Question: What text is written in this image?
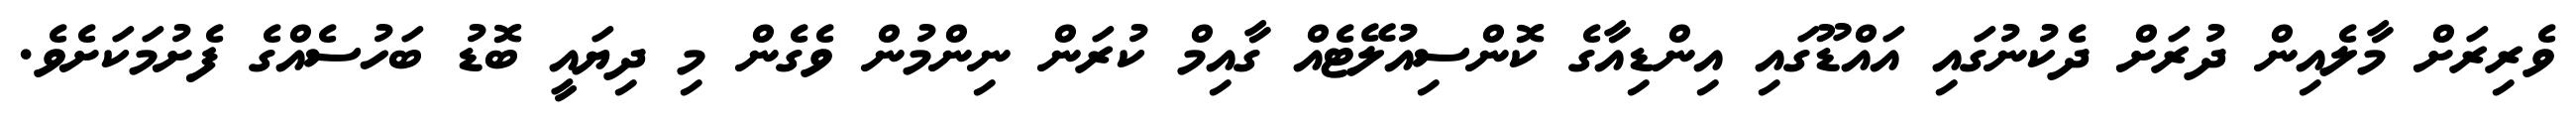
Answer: ވެރިރަށް މާލެއިން ދުރަށް ދެކުނުގައި އައްޑޫގައި އިންޑިއާގެ ކޮންސިއުލޭޓެއް ގާއިމް ކުރަން ނިންމުން ވެގެން މި ދިޔައީ ބޮޑު ބަހުސެއްގެ ފެށުމަކަށެވެ.